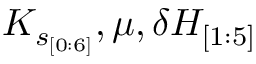
K _ { s _ { [ 0 : 6 ] } } , \mu , \delta H _ { [ 1 : 5 ] }